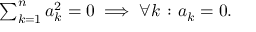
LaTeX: \textstyle \sum _ { k = 1 } ^ { n } a _ { k } ^ { 2 } = 0 \; \Longrightarrow \; \forall k \; \colon a _ { k } = 0 .